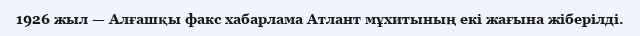
1926 жыл — Алғашқы факс хабарлама Атлант мұхитының екі жағына жіберілді.